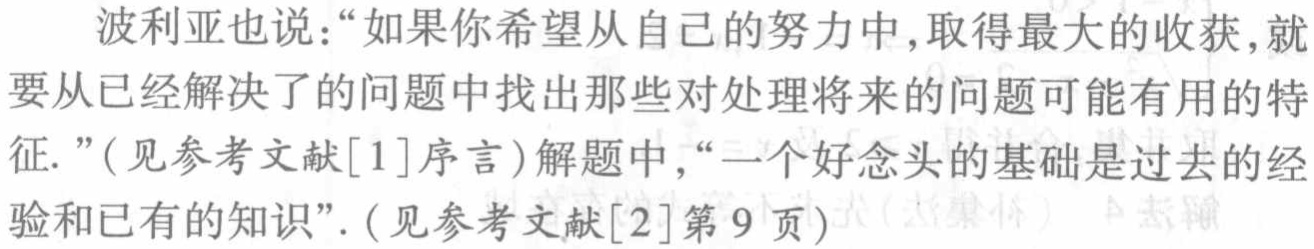
波利亚也说：“如果你希望从自己的努力中,取得最大的收获,就要从已经解决了的问题中找出那些对处理将来的问题可能有用的特征.”(见参考文献[1]序言)解题中,“一个好念头的基础是过去的经验和已有的知识”.(见参考文献[2]第9页)